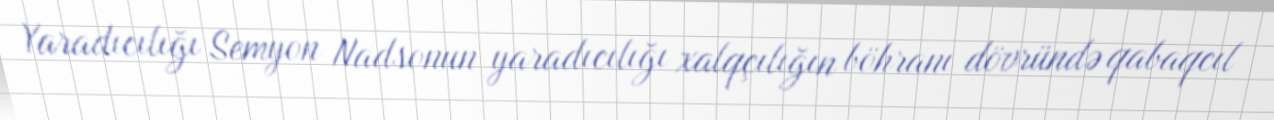
Yaradıcılığı Semyon Nadsonun yaradıcılığı xalqçılığın böhranı dövründə qabaqcıl